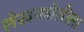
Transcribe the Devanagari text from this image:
लेखनशैलीला